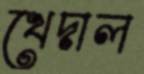
খেদাল